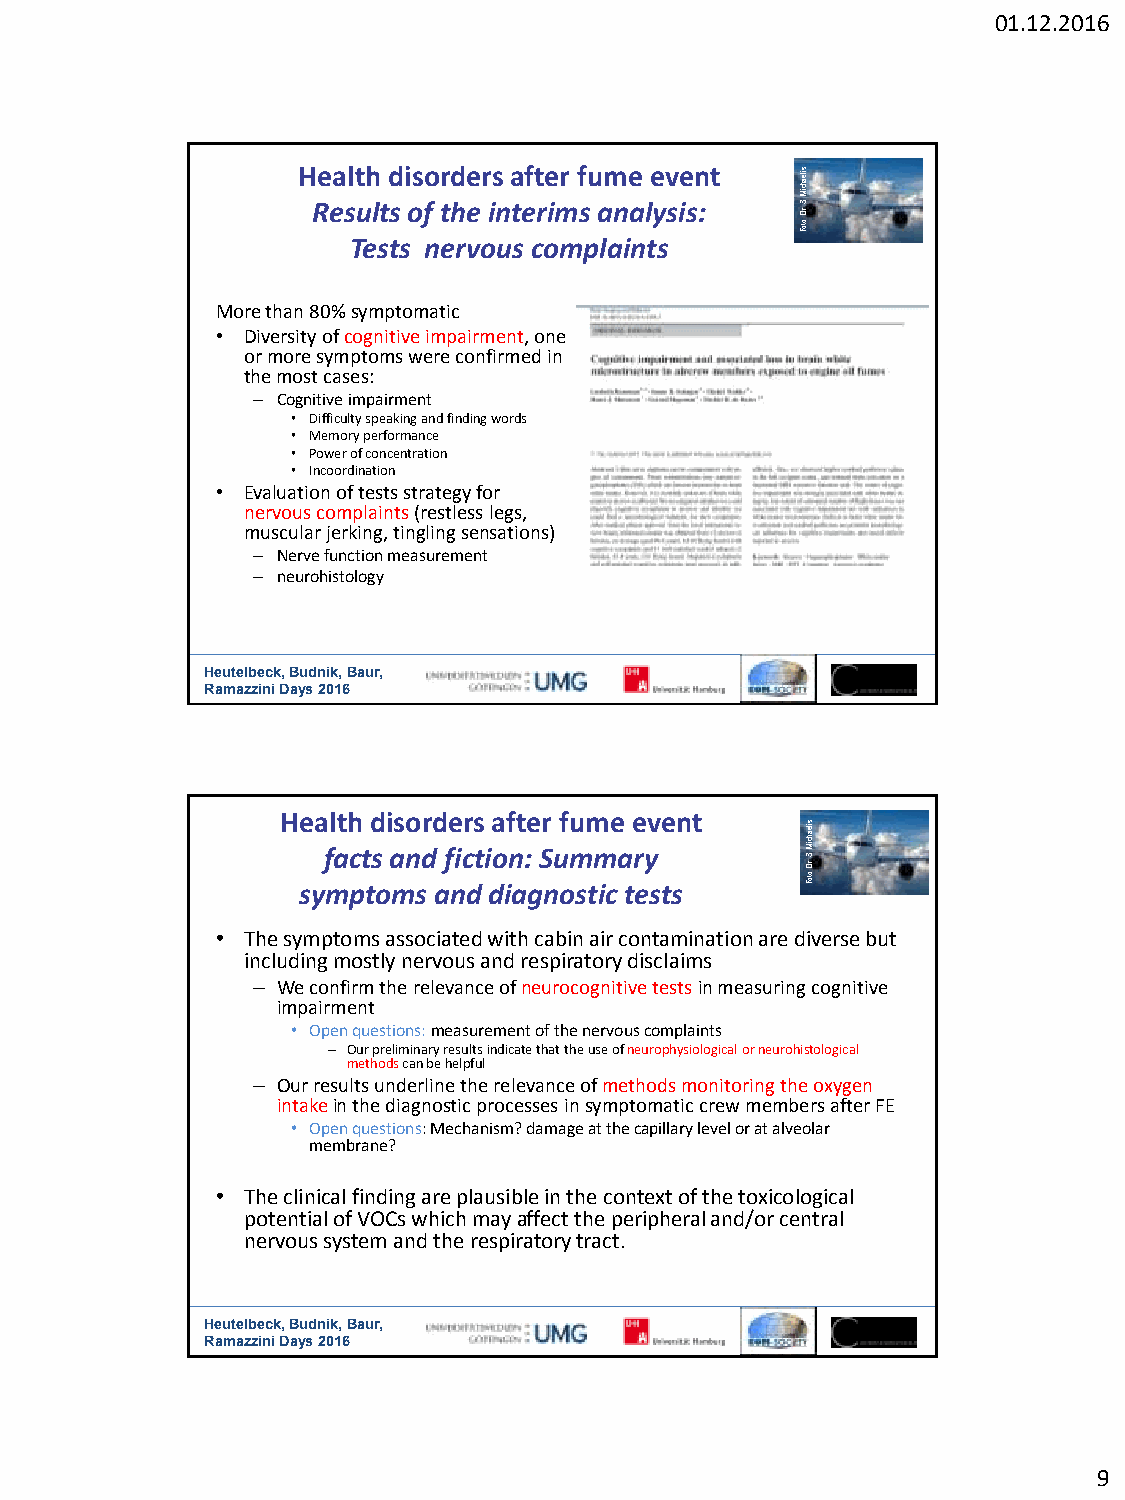
01.12.2016
 H Re ea slt uh
 lt
 d
 s
 i oso
 f
 tr hd ee r is
 n
 a teft re imr f su am ne
 a
 le yv sie sn
 :
 t     sileahciM
 .S .rD
 :otoF
 Tests nervous complaints
 More than 80% symptomatic
 • Diversity of cognitive impairment, one
 or more symptoms were confirmed in
 the most cases:
 – Cognitive impairment
 • Difficulty speaking and finding words
 • Memory performance
 • Power of concentration
 • Incoordination
 • Evaluation of tests strategy for
 nervous complaints (restless legs,
 muscular jerking, tingling sensations)
 – Nerve function measurement
 – neurohistology
 Heute lbeck, Budnik, Baur,
 Ramazzini Days 2016
 Health disorders after fume event
 syf mac pt ts
 o
 a mn sd
 a
 f nic dt i do in a:
 g
 S nu om stm ica tr ey
 s ts
 sileahciM
 .S
 .rD
 :otoF
 • The symptoms associated with cabin air contamination are diverse but
 including mostly nervous and respiratory disclaims
 – We confirm the relevance of neurocognitive tests in measuring cognitive
 impairment
 • Open questions: measurement of the nervous complaints
 – Our preliminary results indicate that the use of neurophysiological or neurohistological
 methods can be helpful
 – Our results underline the relevance of methods monitoring the oxygen
 intake in the diagnostic processes in symptomatic crew members after FE
 • Open questions: Mechanism? damage at the capillary level or at alveolar
 membrane?
 • The clinical finding are plausible in the context of the toxicological
 potential of VOCs which may affect the peripheral and/or central
 nervous system and the respiratory tract.
 He utelbeck, Budnik, Baur,
 Ramazzini Days 2016
 9